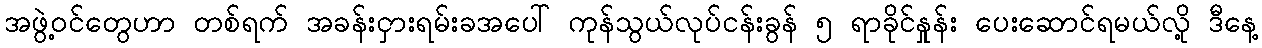
အဖွဲ့ဝင်တွေဟာ တစ်ရက် အခန်းငှားရမ်းခအပေါ် ကုန်သွယ်လုပ်ငန်းခွန် ၅ ရာခိုင်နှုန်း ပေးဆောင်ရမယ်လို့ ဒီနေ့